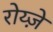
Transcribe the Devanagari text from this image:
रोय्ज़े